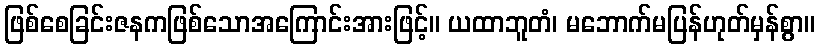
ဖြစ်စေခြင်းဇနကဖြစ်သောအကြောင်းအားဖြင့်။ ယထာဘူတံ၊ မဘောက်မပြန်ဟုတ်မှန်စွာ။